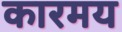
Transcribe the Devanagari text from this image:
कारमय